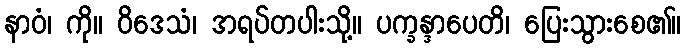
နာဝံ၊ ကို။ ဝိဒေသံ၊ အရပ်တပါးသို့။ ပက္ခန္ဒာပေတိ၊ ပြေးသွားစေ၏။